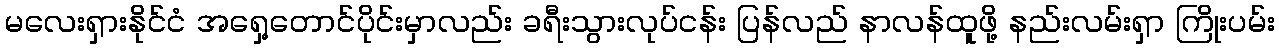
မလေးရှားနိုင်ငံ အရှေ့တောင်ပိုင်းမှာလည်း ခရီးသွားလုပ်ငန်း ပြန်လည် နာလန်ထူဖို့ နည်းလမ်းရှာ ကြိုးပမ်း